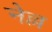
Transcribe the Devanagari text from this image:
नेल्ल